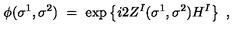
\phi ( \sigma ^ { 1 } , \sigma ^ { 2 } ) \ = \ \exp \left\{ i 2 Z ^ { I } ( \sigma ^ { 1 } , \sigma ^ { 2 } ) H ^ { I } \right\} \ ,